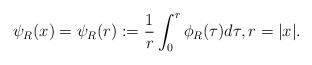
\begin{align*} \psi_R(x) = \psi_R(r):= \frac{1}{r} \int_0^{r} \phi_R(\tau) d\tau, r=|x|.\end{align*}